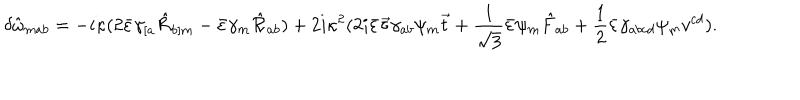
\delta \hat { \omega } _ { m a b } = - i \kappa ( 2 \bar { \varepsilon } \gamma _ { [ a } \hat { \cal R } _ { b ] m } - \bar { \varepsilon } \gamma _ { m } \hat { \cal R } _ { a b } ) + 2 i \kappa ^ { 2 } ( 2 i \bar { \varepsilon } \vec { \tau } \gamma _ { a b } \psi _ { m } \vec { t } + \frac { 1 } { \sqrt { 3 } } \bar { \varepsilon } \psi _ { m } \hat { F } _ { a b } + \frac { 1 } { 2 } \bar { \varepsilon } \gamma _ { a b c d } \psi _ { m } v ^ { c d } ) .